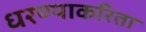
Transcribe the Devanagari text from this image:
धरण्याकरिता